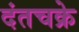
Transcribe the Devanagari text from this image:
दंतचक्रे